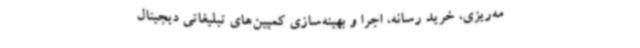
مه‌ریزی، خرید رسانه، اجرا و بهینه‌سازی کمپین‌های تبلیغاتی دیجیتال